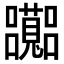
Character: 𡅽